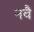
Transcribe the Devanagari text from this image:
नवै